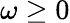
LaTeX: \omega\geq 0